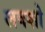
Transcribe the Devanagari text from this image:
लवशो